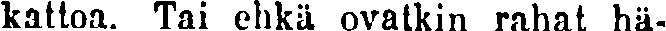
kattoa. Tai ehkä ovatkin rahat hä-